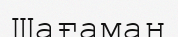
Шағаман